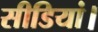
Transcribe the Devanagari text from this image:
सीडियां।